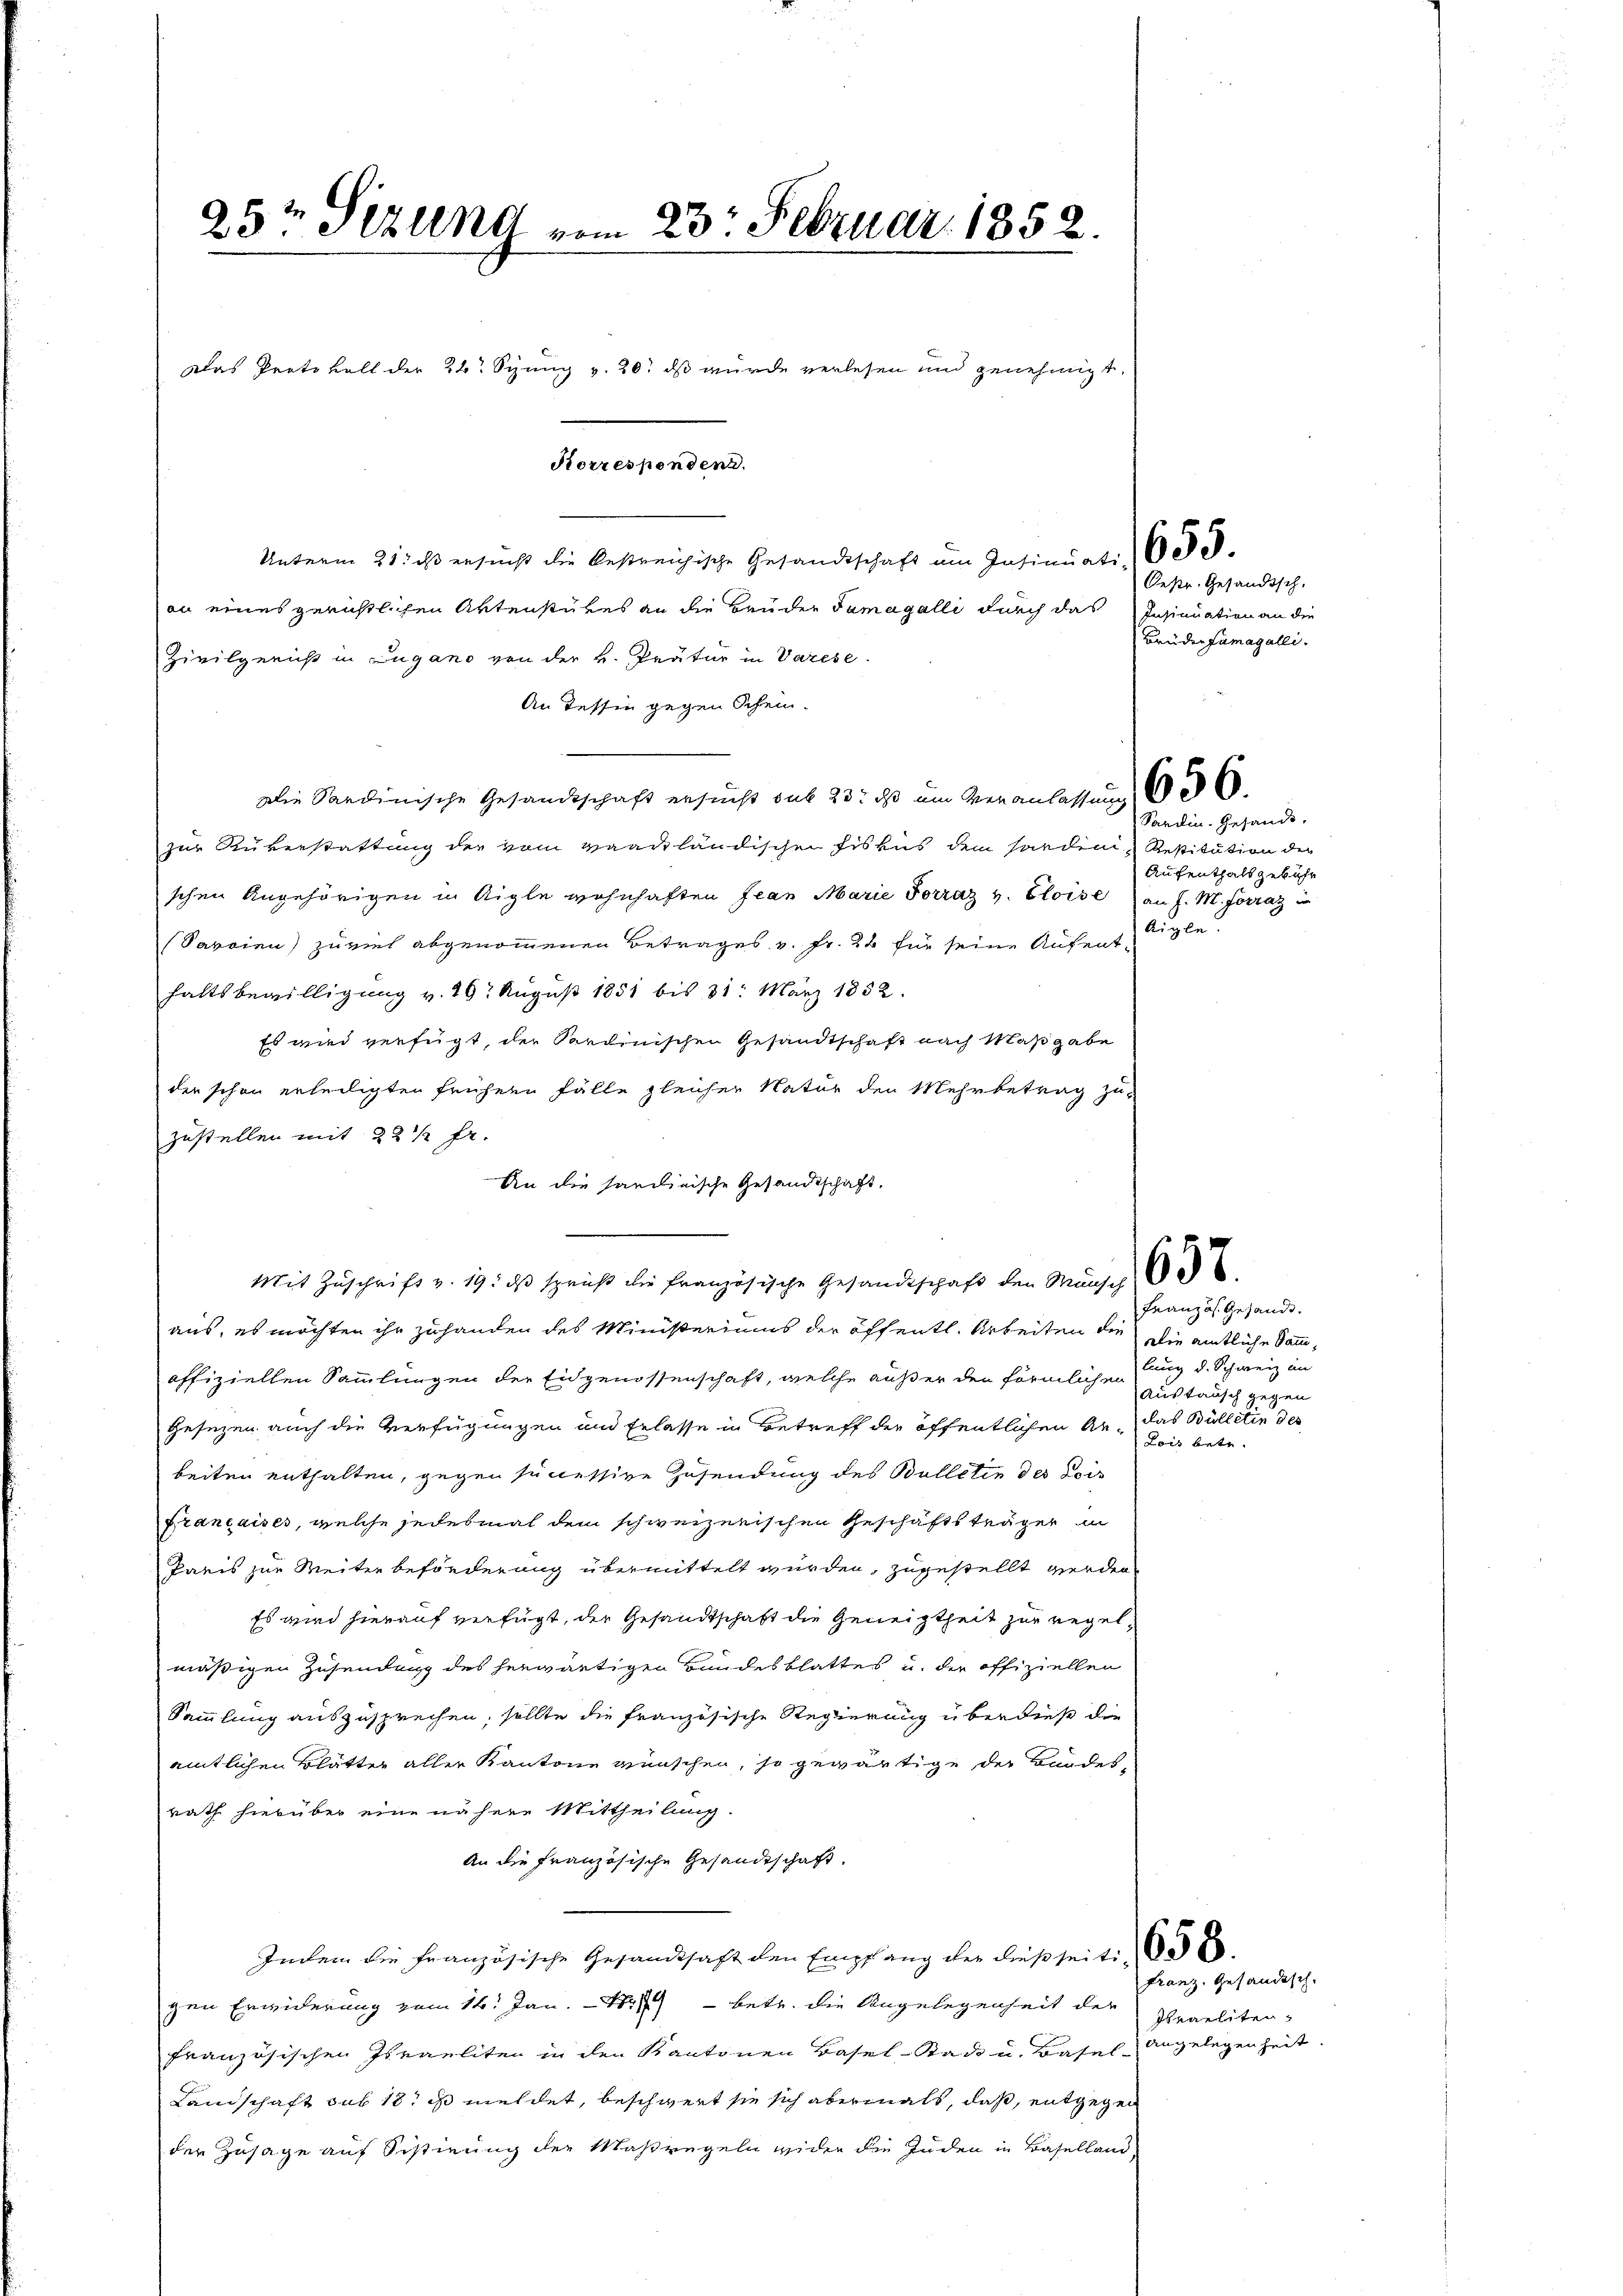
23t Sezung vom 23. Februar 1852.
Das Protokoll der 24t Syung v. 20. ds wurde verlesen und genehmigt.
Korrespondend.

Unterm 31. ist ersucht die bestreichische Gesandtschaft am Insinuati, d. d.
on eines gerichtlichen Aktenstükes an die Brüder damagalli durch das Insinuation an die
Zivilgeriß in Lugano von der H. Prätur in Varese
An Tessin gegen Schein.
Die Sardinische Gesandtschaft ersucht sub 23. ds um Veranlassung
zur Reverstattung der vom Waadtländischen Eiskus dem sonden Restitution der
schen Angehörigen in Aigle wohnhaften Jean Marie Forraz v. Bloise an J. M. Forraz in
(Savoinn) zuviel abgenommenen Betrages v. Fr. 24 für seine Aufenthaltsbewilligung v. 20 August 1851 bis 31. März 1832.
Es wird verfügt, der Sardinischen Gesandtschaft nach Maßgabe
den schon ertheiligten frühern Fälle gleicher Natur den Mehrbetrag zu
zustellen mit 22 1/2 fr.
An die sandinische Gesandtschaft.
aus, es möchten ihr zuhanden des Ministeriums der öffentl. Arbeiten die die amtliche Sammoffiziellen Sammlungen der Eidgenossenschaft, welche außer den förmlichen Zug d. Schweiz an
Gesezen auch die Verfügungen und Erlasse in Betreff der öffentlichen An-
beiten enthalten, gegen successive Zusendung des Balleten des Pois
Françaises, welche jedesmal dem schweizerischen Geschäftsträger in
Paris zur Weiter beförderung übermittelt wurden, zugestellt werden
Es wird hierauf verfügt, der Gesandtschaft die Geneigtheit zur Regelmäßigen Zusendung des herwärtigen Bundesblattes u. die offiziellen
Sammlung auszusprechen, sollte die französische Regierung überdieß die
amtlichen Blätter aller Kantone wünschen, so gewärtige der Bundesrath hierüber eine nähere Mittheilung.
An die Französische Gesandtschaft.
Indem die Französische Gesandthaft den Empfang der dießseit. 656.
gen Erwiderung vom 14. Jan. 1851) - betr. die Angelegenheit der Praeliten-
französischen Israeliten in den Kantonen Basel-Stadt u. Basel Angelegenheit
Landschaft sub 18, i meldet, beschwert sie sich abermals, daß, entgegen
der Zusage auf Sistirung der Maßregeln wider die Juden in Baselland,

Mit Zŭschrift v. 19. dβ spricht die französische Gesandtschaft den Münches

Oestr. Gesandtsch.
Bruderfamagalli

Sardin. Gesandt.
Aufenthalt gebühr
Aigle

Französ. Gesandt.
Austausch gegen
das Bülletin des
Lois betr.

Franz. Gesandtsch